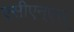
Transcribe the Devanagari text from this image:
एसीएन्एस्